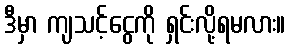
ဒီမှာ ကျသင့်ငွေကို ရှင်းလို့ရမလား။